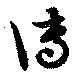
傳